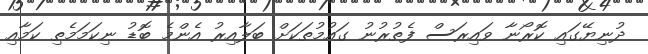
ދުނިޔޭގައި ކޮރޯނާ ވައިރަސް ފެތުރުނު ގައުމުތަކަށް ބަލާއިރު އެންމެ ބޮޑު ނިކަމަމެތި ކަމާއި